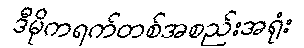
ဒီမိုကရက်တစ်အစည်းအရုံး